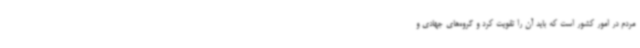
مردم در امور کشور است که باید آن را تقویت کرد و گروه‌های جهادی و